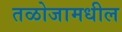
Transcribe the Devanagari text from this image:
तळोजामधील